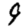
Digit: 9